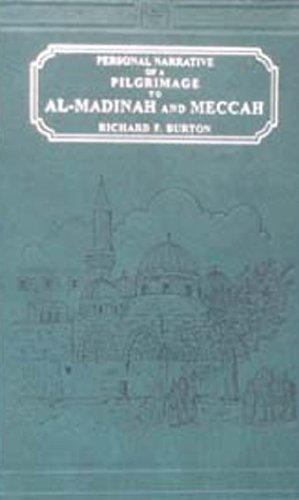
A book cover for Personal Narrative of a Pilgrimage to Al Madinah and Meccah, Undertaken in 1853 (2 Vols.); Richard Burton; Religion & Spirituality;